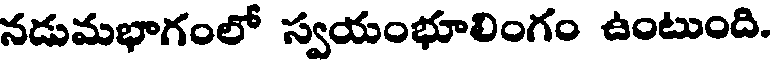
నడుమభాగంలో స్వయంభూలింగం ఉంటుంది.